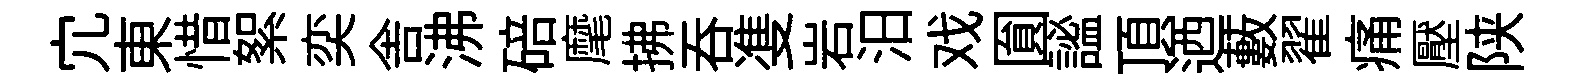
宂東惜絮奕舎沸碚麾拂吞㕠岩汨戏圎謐頂迺藪翟痛壓陕